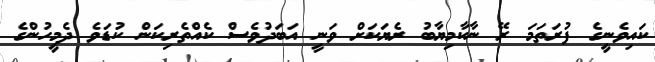
ކައިވެނީގެ ފުރަތަމަ ރޭ ނާކާމިޔާބު ރެޔަކަށް ވަނީ އަބަދުވެސް ކެއްތެރިކަން ކުޑަވެ ދެމީހުންގެ